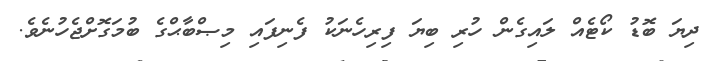
ދިޔަ ބޮޑު ކޯޓެއް ލައިގެން ހުރި ބިޔަ ފިރިހެނަކު ފެނިފައި މިޞްބާޙްގެ ބުމަގޮށްޖެހުނެވެ.